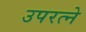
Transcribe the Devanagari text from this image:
उपरत्‍ने